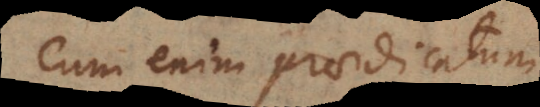
cum enim praedicatum